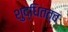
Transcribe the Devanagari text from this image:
शुद्धितत्व